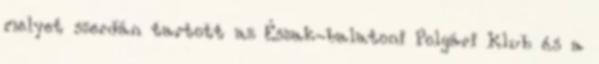
melyet szerdán tartott az Észak-balatoni Polgári Klub és a